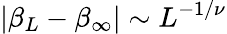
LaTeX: \left|\beta_{L}-\beta_{\infty}\right|\sim L^{-1/\nu}